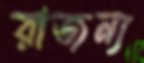
রাজন্য